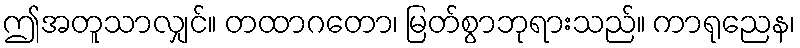
ဤအတူသာလျှင်။ တထာဂတော၊ မြတ်စွာဘုရားသည်။ ကာရုညေန၊